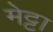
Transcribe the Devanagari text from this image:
मेट्टा